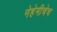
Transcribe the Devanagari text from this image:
नेहेमीचेच